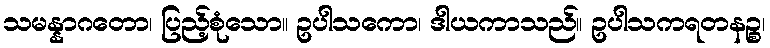
သမန္နာဂတော၊ ပြည့်စုံသော။ ဥပါသကော၊ ဒါယကာသည်။ ဥပါသကရတနဉ္စ၊